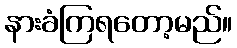
နားခံကြရတော့မည်။